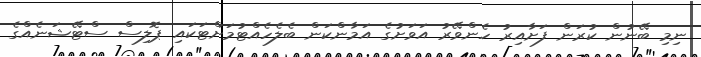
ނިމި ބޭނުން ކުރަން ފަށާއިރު ހެންވޭރު އަވަށުގެ އަމާންކަން ބެލެހެއްޓުމަށްޓަކައި ޕޮލިސް ސްޓޭޝަނެއްގެ